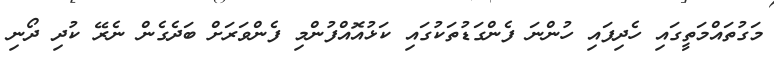
މަގުތައްމަތީގައި ހެދިފައި ހުންނަ ފެންގަޑުތަކުގައި ކަޅުއޮއްފުންމި ފެންވަރަށް ބަދެގެން ނެރޭ ކުދި ދޯނި